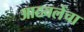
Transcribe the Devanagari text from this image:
आठवलेंचा